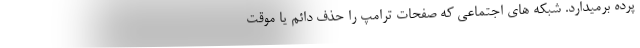
پرده برمیدارد. شبکه های اجتماعی که صفحات ترامپ را حذف دائم یا موقت